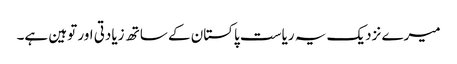
میرے نزدیک یہ ریاست پاکستان کے ساتھ زیادتی اور توہین ہے۔